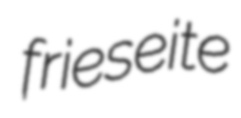
frieseite